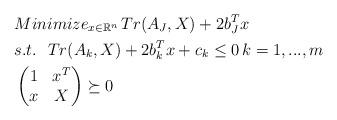
LaTeX: \begin{align*} & Minimize_{ x\in \mathbb{R}^n}\, Tr(A_J,X)+2b_J^Tx\\ &s.t.\ \ Tr(A_k,X)+2b_k^Tx+c_k\le0\,k=1,...,m\\ &\begin{pmatrix}1&x^T\\x&X\end{pmatrix}\succeq0 \end{align*}